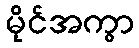
မိုင်အကွာ